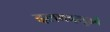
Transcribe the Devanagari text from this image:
दलबदलुओं